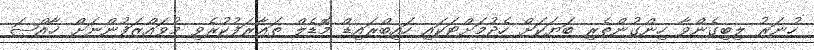
ހުނަރު ލިބިގެންވާ ހިންގުންތެރި ބަޔަކަށް ހެދުމަށްޓަކައި ހައިބްރައިޑް މޮޑެލް ތަޢާރަފުކުރެވި މުވައްޒަފުންނަށް ޚާއްޞަ